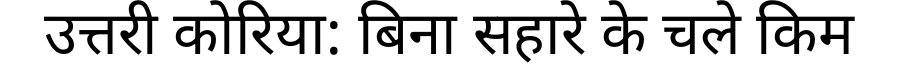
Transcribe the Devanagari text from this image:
उत्तरी कोरिया: बिना सहारे के चले किम